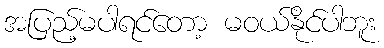
အပြည့်မပါရင်တော့ မဝယ်နိုင်ပါဘူး